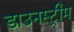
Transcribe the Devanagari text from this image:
डाउनस्‍ट्रीम